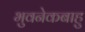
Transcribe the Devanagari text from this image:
भुवनेकबाहु